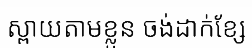
ស្ពាយតាមខ្លួន ចង់ដាក់ខ្សែ